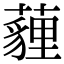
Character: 薶